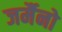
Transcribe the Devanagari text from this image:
जर्मैनो